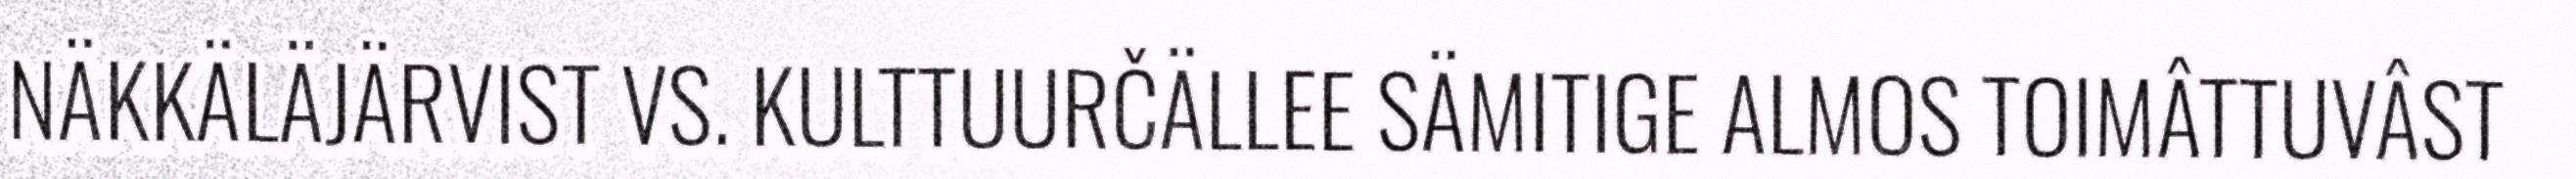
NÄKKÄLÄJÄRVIST VS. KULTTUURČÄLLEE SÄMITIGE ALMOS TOIMÂTTUVÂST